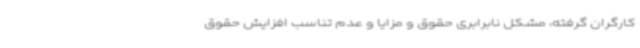
کارگران گرفته، مشکل نابرابری حقوق و مزایا و عدم تناسب افزایش حقوق